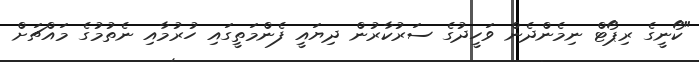
"ކޯނީގެ ރިޕޯޓް ނިމެންދެން ވަހީދުގެ ސަރުކާރުން ދިޔައީ ފެންމަތީގައި ހުރުމާއި ނެތުމުގެ މައްޗަށް